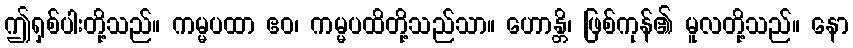
ဤရှစ်ပါးတို့သည်။ ကမ္မပထာ ဧဝ၊ ကမ္မပထိတို့သည်သာ။ ဟောန္တိ၊ ဖြစ်ကုန်၏ မူလတို့သည်။ နော